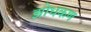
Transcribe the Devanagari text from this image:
झोधकण